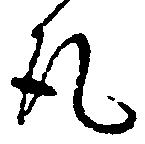
取